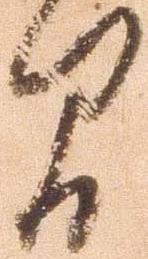
間